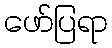
ဖော်ပြရာ